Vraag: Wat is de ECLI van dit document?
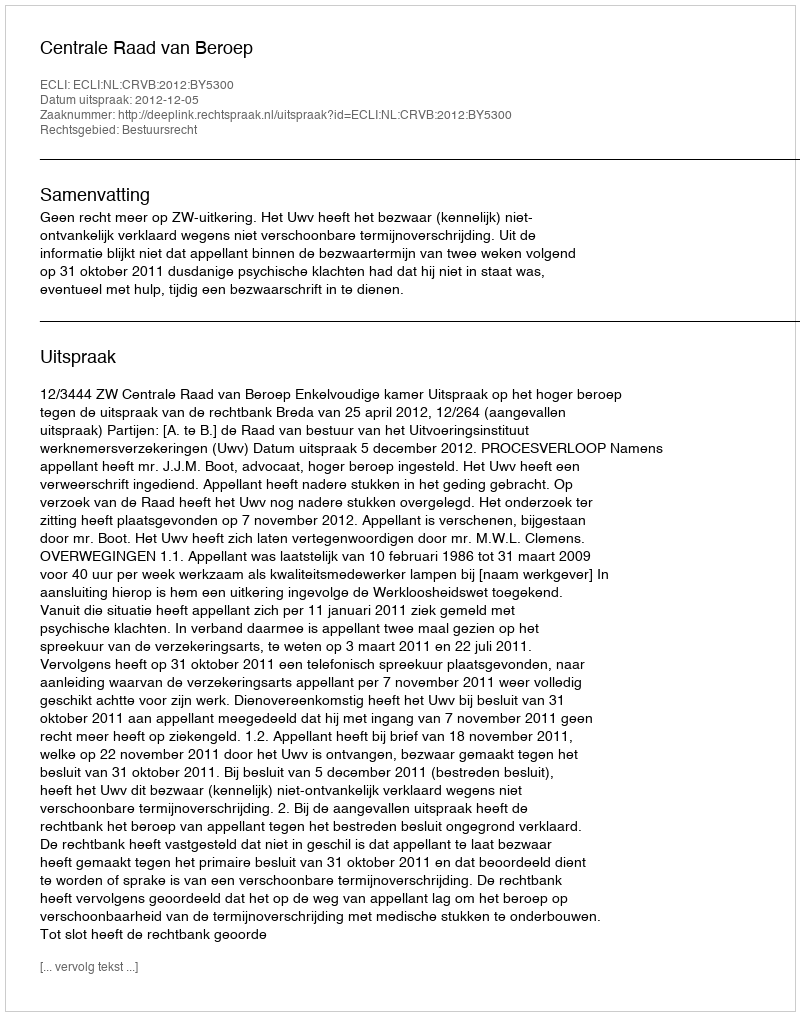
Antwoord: ECLI:NL:CRVB:2012:BY5300